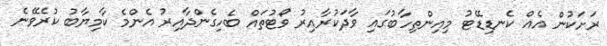
ރަށަކުން އެއް ކެނޑިޑޭޓު މިއިންތިހާބުގައި ވާދަކުރާއިރު ވޯޓުތައް ބެހިގެންދާއިރު އެންމެ ކާމިޔާބު ކުރެވޭނެ